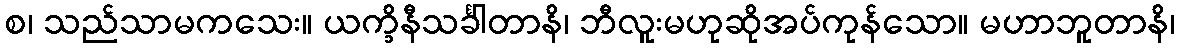
စ၊ သည်သာမကသေး။ ယက္ခိနီသင်္ခါတာနိ၊ ဘီလူးမဟုဆိုအပ်ကုန်သော။ မဟာဘူတာနိ၊